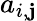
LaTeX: a_{i,\mathbf{j}}